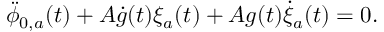
\ddot { \phi } _ { 0 , a } ( t ) + A \dot { g } ( t ) \xi _ { a } ( t ) + A g ( t ) \dot { \xi } _ { a } ( t ) = 0 .